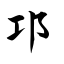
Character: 邛